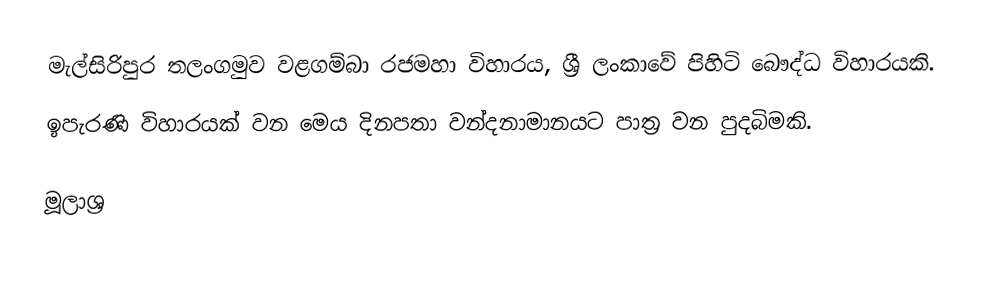
මැල්සිරිපුර තලංගමුව වළගම්බා රජමහා විහාරය, ශ්‍රී ලංකාවේ පිහිටි බෞද්ධ විහාරයකි.
ඉපැරණි විහාරයක් වන මෙය දිනපතා වන්දනාමානයට පාත්‍ර වන පුදබිමකි.

මූලාශ්‍ර